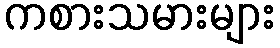
ကစားသမားများ